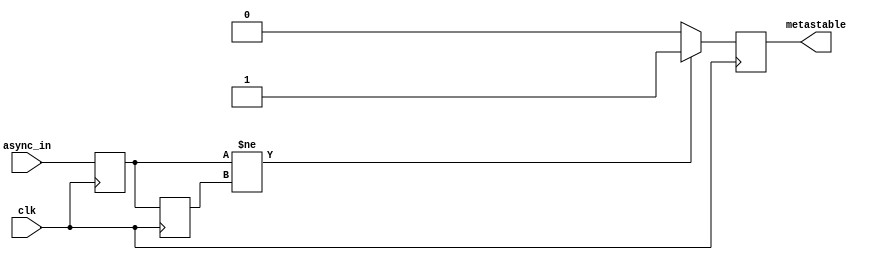
module metastability_detector (
    input wire clk,          // Clock signal
    input wire async_in,     // Asynchronous input signal
    output reg metastable     // Output signal indicating metastability
);

    // Internal signals for flip-flop outputs
    reg ff1_out;             // Output of the first flip-flop
    reg ff2_out;             // Output of the second flip-flop

    // Flip-flop 1: samples the asynchronous input
    always @(posedge clk) begin
        ff1_out <= async_in;
    end

    // Flip-flop 2: samples the output of the first flip-flop
    always @(posedge clk) begin
        ff2_out <= ff1_out;
    end

    // Metastability detection logic
    always @(posedge clk) begin
        // Check if the output of the first flip-flop has changed
        if (ff1_out != ff2_out) begin
            metastable <= 1'b1; // Metastable state detected
        end else begin
            metastable <= 1'b0; // Stable state
        end
    end

endmodule